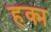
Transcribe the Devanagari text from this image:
हक्म